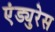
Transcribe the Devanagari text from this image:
एंड्युरेस